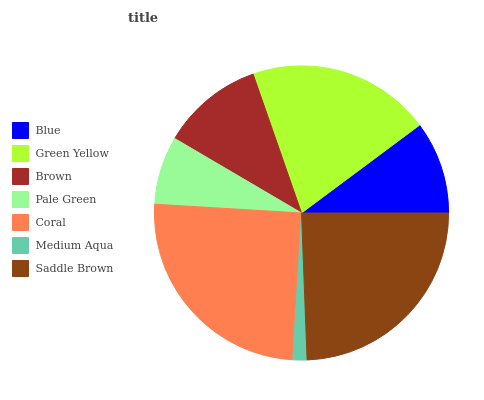
| Blue | Green Yellow | Brown | Pale Green | Coral | Medium Aqua | Saddle Brown |
 | --- | --- | --- | --- | --- | --- | --- |
 | 10.2% | 20.2% | 11.2% | 7.5% | 25% | 1.54% | 24.4% |